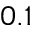
0 . 1